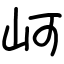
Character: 㞹